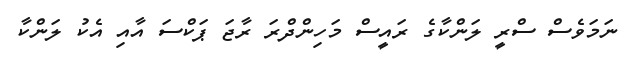
ނަމަވެސް ސްރީ ލަންކާގެ ރައީސް މަހިންދްރަ ރާޖަ ޕަކްސަ އާއި އެކު ލަންކާ